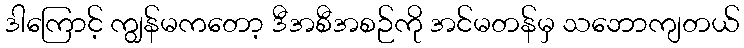
ဒါကြောင့် ကျွန်မကတော့ ဒီအစီအစဉ်ကို အင်မတန်မှ သဘောကျတယ်